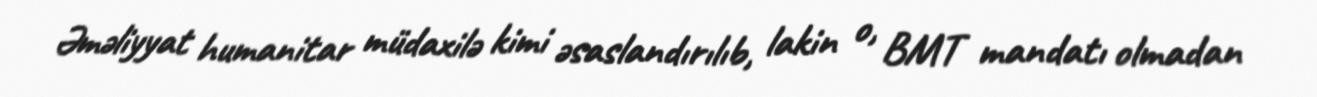
Əməliyyat humanitar müdaxilə kimi əsaslandırılıb, lakin o, BMT mandatı olmadan